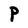
Character: P